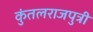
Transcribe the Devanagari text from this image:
कुंतलराजपुत्री